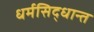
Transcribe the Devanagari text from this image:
धर्मसिद्धान्त